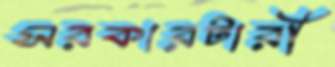
সরকারটারী